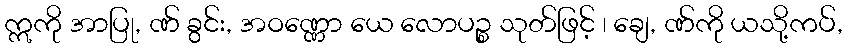
ဣကို အာပြု, ဏ် ခွင်း, အဝဏ္ဏော ယေ လောပဉ္စ သုတ်ဖြင့် ၊ ချေ, ဏ်ကို ယသို့ကပ်,